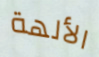
الألهة